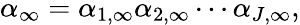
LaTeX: \alpha_{\infty}=\alpha_{1,\infty}\alpha_{2,\infty}\cdots\alpha_{J,\infty},